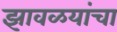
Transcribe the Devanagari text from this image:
झावळयांचा